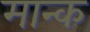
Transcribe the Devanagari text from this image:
मान्क